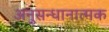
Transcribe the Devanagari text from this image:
अनुसन्धानात्मक